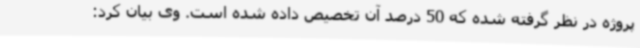
پروژه در نظر گرفته شده که 50 درصد آن تخصیص داده شده است. وی بیان کرد: